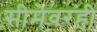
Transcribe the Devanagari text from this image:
सीमेवरही